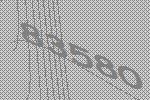
83580